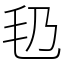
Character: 㲌